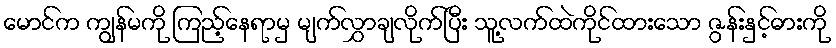
မောင်က ကျွန်မကို ကြည့်နေရာမှ မျက်လွှာချလိုက်ပြီး သူ့လက်ထဲကိုင်ထားသော ဇွန်းနှင့်ဓားကို